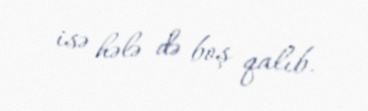
isə hələ də boş qalıb.